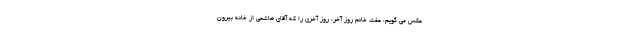
عکس می گویم، عفت خانم روز آخر، روز آخری را که آقای هاشمی از خانه بیرون